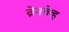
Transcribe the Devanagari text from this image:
ब्रेनवेव्ह